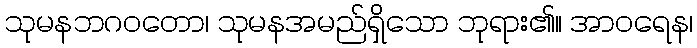
သုမနဘဂဝတော၊ သုမနအမည်ရှိသော ဘုရား၏။ အာဝရေန၊